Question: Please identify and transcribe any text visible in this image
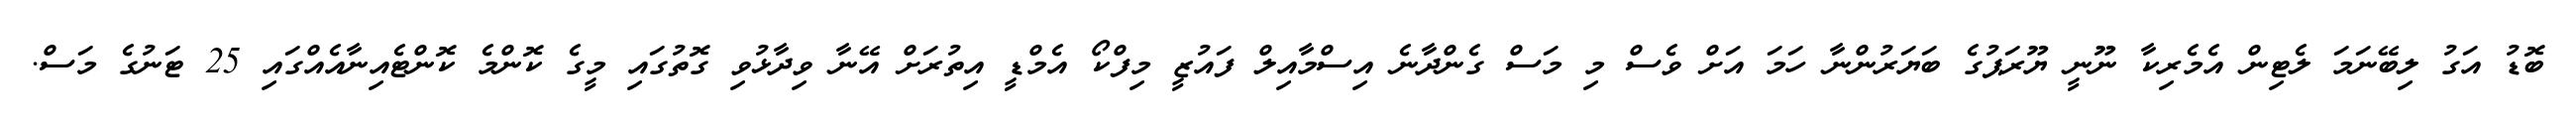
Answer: ބޮޑު އަގު ލިބޭނަމަ ލެޓިން އެމެރިކާ ނޫނީ ޔޫރަޕުގެ ބަޔަރުންނާ ހަމަ އަށް ވެސް މި މަސް ގެންދާނެ އިސްމާއިލް ފައުޒީ މިފްކޯ އެމްޑީ އިތުރަށް އޭނާ ވިދާޅުވި ގޮތުގައި މީގެ ކޮންމެ ކޮންޓެއިނާއެއްގައި 25 ޓަނުގެ މަސް.